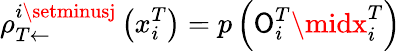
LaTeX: \rho_{T\leftarrow}^{i\setminusj}\left(x_{i}^{T}\right)=p\left(\mathsf{O}_{i}^{T}\midx_{i}^{T}\right)